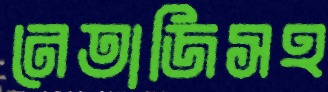
নেতাজিসহ